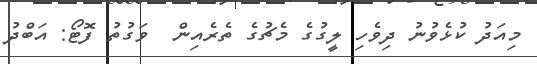
މިއަދު ކުޅެވުނު ދިވެހި ލީގުގެ މެޗުގެ ތެރެއިން  ވަގުތު ފޮޓޯ: އަބްދު